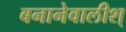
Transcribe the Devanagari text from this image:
बनानेवालीश्